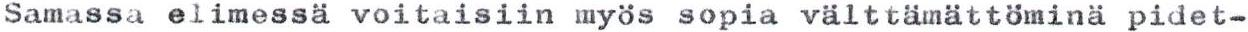
Samassa elimessä voitaisiin myös sopia välttämättöminä pidet-